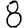
Digit: 8